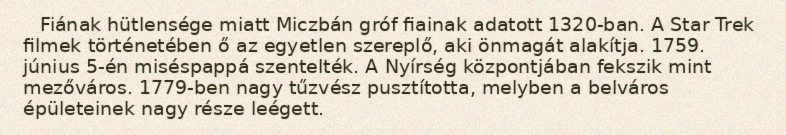
Fiának hütlensége miatt Miczbán gróf fiainak adatott 1320-ban. A Star Trek filmek történetében ő az egyetlen szereplő, aki önmagát alakítja. 1759. június 5-én miséspappá szentelték. A Nyírség központjában fekszik mint mezőváros. 1779-ben nagy tűzvész pusztította, melyben a belváros épületeinek nagy része leégett.